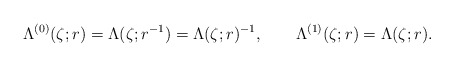
\begin{align*}\Lambda^{(0)}(\zeta;r) = \Lambda(\zeta;r^{-1}) = \Lambda(\zeta;r)^{-1}, \qquad \Lambda^{(1)}(\zeta;r) = \Lambda(\zeta;r).\end{align*}